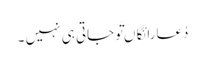
دُعارائِگاں تَوجاتی ہی نہیں ۔